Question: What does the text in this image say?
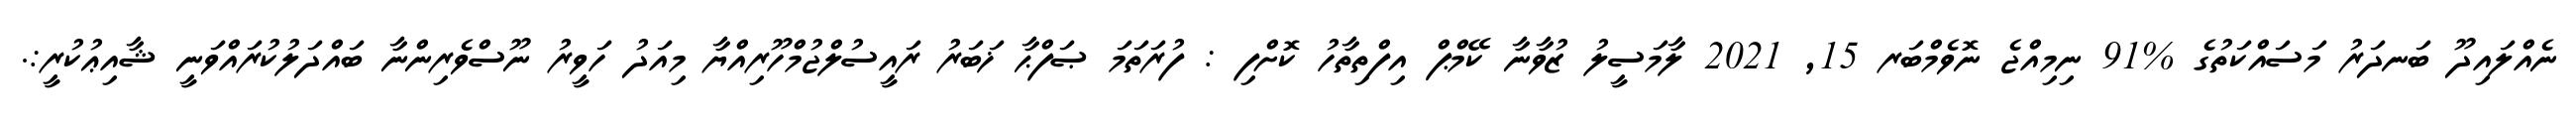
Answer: ނެއްލައިދޫ ބަނދަރު މަސައްކަތުގެ %91 ނިމިއްޖެ ނޮވެމްބަރ 15, 2021 ލާމަސީލު ޒުވާނާ ކޭމްޕް އިފްތިތާހު ކޮށްފި : ފުރަތަމަ ޞަފްޙާ ޚަބަރު ރައީސުލްޖުމްހޫރިއްޔާ މިއަދު ހަވީރު ނޫސްވެރިންނާ ބައްދަލުކުރައްވަނީ ޝާއިޢުކުރީ:.